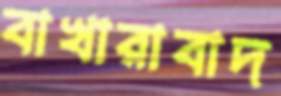
বাখারাবাদ